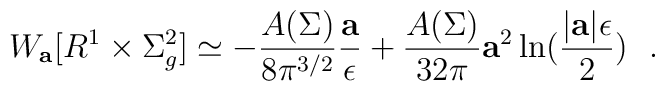
W_{\bf a}[R^1\times \Sigma^2_g ]\simeq -{A(\Sigma)\over 8\pi^{3/2}} {{\bf a}\over \epsilon}+{A(\Sigma)\over 32\pi}{\bf a}^2\ln ({|{\bf a}|\epsilon\over 2})~~.